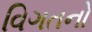
વિગતનો